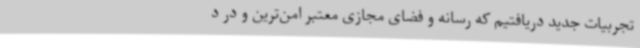
تجربیات جدید دریافتیم که رسانه و فضای مجازی معتبر امن‌ترین و در د